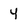
Character: 4